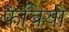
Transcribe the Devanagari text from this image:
फ़ेबियो